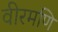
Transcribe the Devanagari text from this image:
वीरमणि